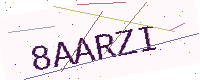
Text: 8AARZI